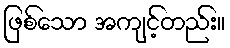
ဖြစ်သော အကျင့်တည်း။